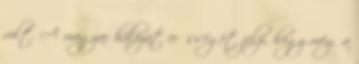
volt. A magyar hálózat erősségét jelzi, hogy még a